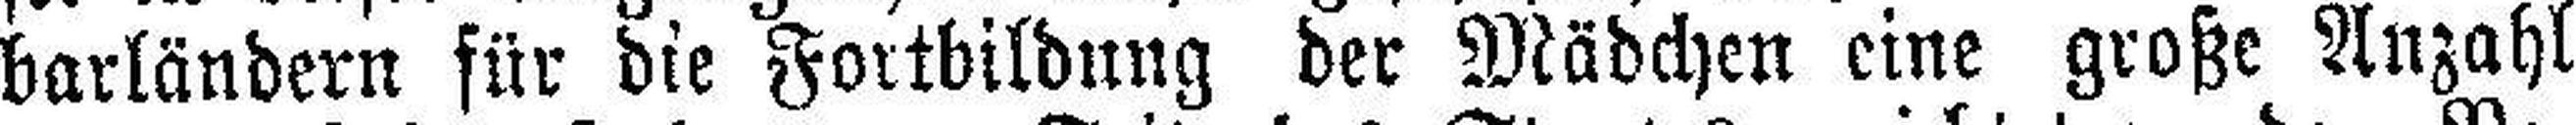
barländern für die Fortbildung der Mädchen eine große Anzahl